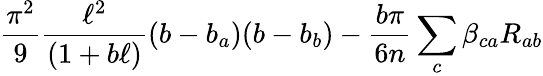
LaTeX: {\frac{\pi^{2}}{9}}{\frac{\ell^{2}}{(1+b\ell)}}(b-b_{a})(b-b_{b})-{\frac{b\pi}{6n}}\sum_{c}\beta_{ca}R_{ab}